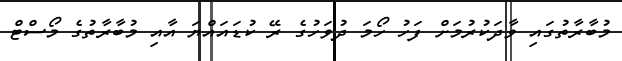
މުބާރާތުގައި ވާދަކުރުމަށް ފަހު ހޯމަ ދުވަހުގެ ރޭ ކުޑައައްޔަ އާއި މުބާރާތުގެ މޯސްޓް